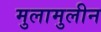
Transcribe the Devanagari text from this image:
मुलामुलीन